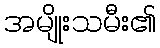
အမျိုးသမီး၏